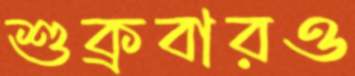
শুক্রবারও